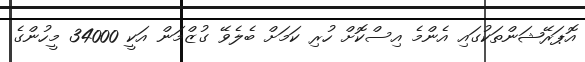
އޮޕަރޭޝަންތަކުގައި އެންމެ އިސްކޮށް ހުރި ކަމަށް ބެލެވޭ ގުޒްމަން އަކީ 34000 މީހުންގެ